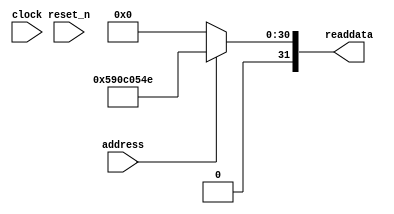
module Computer_System_SysID (
               // inputs:
                address,
                clock,
                reset_n,

               // outputs:
                readdata
             )
;

  output  [ 31: 0] readdata;
  input            address;
  input            clock;
  input            reset_n;

  wire    [ 31: 0] readdata;
  //control_slave, which is an e_avalon_slave
  assign readdata = address ? 1493960014 : 0;

endmodule